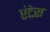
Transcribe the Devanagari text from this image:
एंटेरा